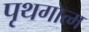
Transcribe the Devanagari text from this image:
पृथगात्म